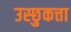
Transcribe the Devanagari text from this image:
उस्छुकत्ता